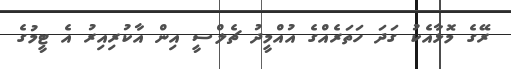
ރޭގެ މޮޅާއެކު ގަދަ ހަތަރެއްގެ އުއްމީދު ޗެލްސީ އިން އާކުރިއިރު އެ ޓީމުގެ